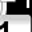
Digit: 1